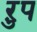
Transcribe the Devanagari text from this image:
ऱुप